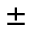
\pm